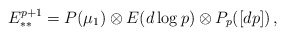
\begin{align*}E^{p+1}_{**} = P(\mu_1) \otimes E(d\log p) \otimes P_p([dp]) \,,\end{align*}